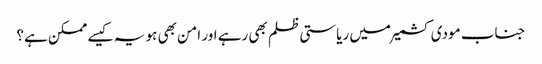
جناب مودی کشمیر میں ریاستی ظلم بھی رہے اور امن بھی ہو یہ کیسے ممکن ہے؟